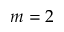
m = 2